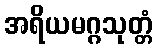
အရိယမဂ္ဂသုတ္တံ